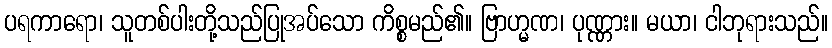
ပရကာရော၊ သူတစ်ပါးတို့သည်ပြုအပ်သော ကိစ္စမည်၏။ ဗြာဟ္မဏ၊ ပုဏ္ဏား။ မယာ၊ ငါဘုရားသည်။